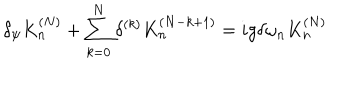
LaTeX: \delta _ { \psi } K _ { n } ^ { ( N ) } + \sum _ { k = 0 } ^ { N } \delta ^ { ( k ) } K _ { n } ^ { ( N - k + 1 ) } = i g \delta \omega _ { n } K _ { n } ^ { ( N ) }